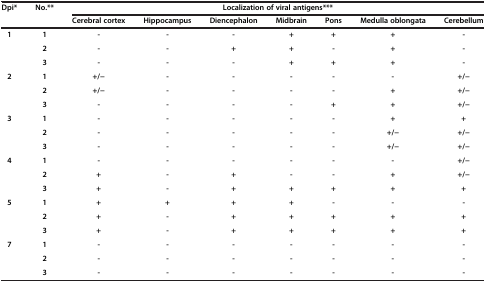
<table><thead><tr><td rowspan="2"><b>Dpi*</b></td><td rowspan="2"><b>No.**</b></td><td colspan="7"><b>Localization of viral antigens***</b></td></tr><tr><td><b>Cerebral cortex</b></td><td><b>Hippocampus</b></td><td><b>Diencephalon</b></td><td><b>Midbrain</b></td><td><b>Pons</b></td><td><b>Medulla oblongata</b></td><td><b>Cerebellum</b></td></tr></thead><tbody><tr><td rowspan="3"><b>1</b></td><td><b>1</b></td><td><b>-</b></td><td><b>-</b></td><td><b>-</b></td><td><b>+</b></td><td><b>+</b></td><td><b>+</b></td><td><b>-</b></td></tr><tr><td><b>2</b></td><td><b>-</b></td><td><b>-</b></td><td><b>+</b></td><td><b>+</b></td><td><b>-</b></td><td><b>+</b></td><td><b>-</b></td></tr><tr><td><b>3</b></td><td><b>-</b></td><td><b>-</b></td><td><b>-</b></td><td><b>+</b></td><td><b>+</b></td><td><b>+</b></td><td><b>-</b></td></tr><tr><td rowspan="3"><b>2</b></td><td><b>1</b></td><td><b>+/-</b></td><td><b>-</b></td><td><b>-</b></td><td><b>-</b></td><td><b>-</b></td><td><b>-</b></td><td><b>+/-</b></td></tr><tr><td><b>2</b></td><td><b>+/-</b></td><td><b>-</b></td><td><b>-</b></td><td><b>-</b></td><td><b>-</b></td><td><b>+</b></td><td><b>+/-</b></td></tr><tr><td><b>3</b></td><td><b>-</b></td><td><b>-</b></td><td><b>-</b></td><td><b>-</b></td><td><b>+</b></td><td><b>+</b></td><td><b>+/-</b></td></tr><tr><td rowspan="3"><b>3</b></td><td><b>1</b></td><td><b>-</b></td><td><b>-</b></td><td><b>-</b></td><td><b>-</b></td><td><b>-</b></td><td><b>+</b></td><td><b>+</b></td></tr><tr><td><b>2</b></td><td><b>-</b></td><td><b>-</b></td><td><b>-</b></td><td><b>-</b></td><td><b>-</b></td><td><b>+/-</b></td><td><b>+/-</b></td></tr><tr><td><b>3</b></td><td><b>-</b></td><td><b>-</b></td><td><b>-</b></td><td><b>-</b></td><td><b>-</b></td><td><b>+/-</b></td><td><b>+/-</b></td></tr><tr><td rowspan="3"><b>4</b></td><td><b>1</b></td><td><b>-</b></td><td><b>-</b></td><td><b>-</b></td><td><b>-</b></td><td><b>-</b></td><td><b>-</b></td><td><b>+/-</b></td></tr><tr><td><b>2</b></td><td><b>+</b></td><td><b>-</b></td><td><b>+</b></td><td><b>-</b></td><td><b>-</b></td><td><b>+</b></td><td><b>+/-</b></td></tr><tr><td><b>3</b></td><td><b>+</b></td><td><b>-</b></td><td><b>+</b></td><td><b>+</b></td><td><b>+</b></td><td><b>+</b></td><td><b>+</b></td></tr><tr><td rowspan="3"><b>5</b></td><td><b>1</b></td><td><b>+</b></td><td><b>+</b></td><td><b>+</b></td><td><b>+</b></td><td><b>-</b></td><td><b>-</b></td><td><b>-</b></td></tr><tr><td><b>2</b></td><td><b>+</b></td><td><b>-</b></td><td><b>+</b></td><td><b>+</b></td><td><b>+</b></td><td><b>+</b></td><td><b>+</b></td></tr><tr><td><b>3</b></td><td><b>+</b></td><td><b>-</b></td><td><b>+</b></td><td><b>+</b></td><td><b>+</b></td><td><b>+</b></td><td><b>+</b></td></tr><tr><td rowspan="3"><b>7</b></td><td><b>1</b></td><td><b>-</b></td><td><b>-</b></td><td><b>-</b></td><td><b>-</b></td><td><b>-</b></td><td><b>-</b></td><td><b>-</b></td></tr><tr><td><b>2</b></td><td><b>-</b></td><td><b>-</b></td><td><b>-</b></td><td><b>-</b></td><td><b>-</b></td><td><b>-</b></td><td><b>-</b></td></tr><tr><td><b>3</b></td><td><b>-</b></td><td><b>-</b></td><td><b>-</b></td><td><b>-</b></td><td><b>-</b></td><td><b>-</b></td><td><b>-</b></td></tr></tbody></table>